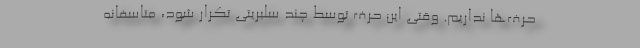
حرف‌ها نداریم. وقتی این حرف‌ توسط چند سلبریتی تکرار شود، متاسفانه